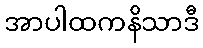
အာပါထကနိသာဒီ